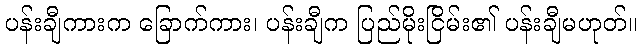
ပန်းချီကားက ခြောက်ကား၊ ပန်းချီက ပြည်မိုးငြိမ်း၏ ပန်းချီမဟုတ်။